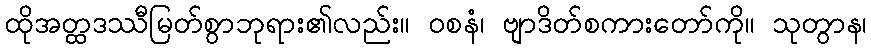
ထိုအတ္ထဒဿီမြတ်စွာဘုရား၏လည်း။ ဝစနံ၊ ဗျာဒိတ်စကားတော်ကို။ သုတွာန၊